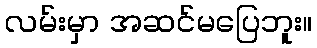
လမ်းမှာ အဆင်မပြေဘူး။